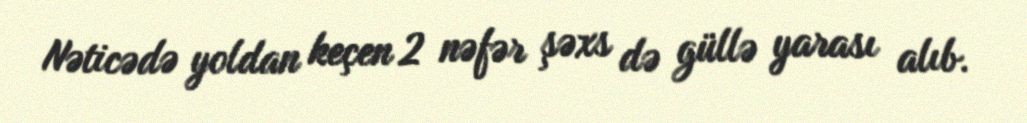
Nəticədə yoldan keçen 2 nəfər şəxs də güllə yarası alıb.